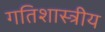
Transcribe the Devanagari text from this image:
गतिशास्त्रीय